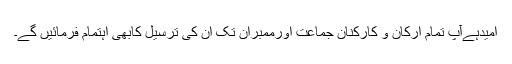
امیدہےآپ تمام ارکان و کارکنان جماعت اورممبران تک ان کی ترسیل کابھی اہتمام فرمائیں گے۔